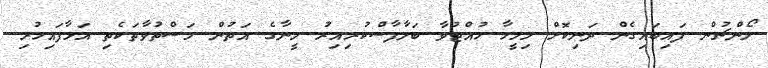
ލޯންޗުން ފައިބައިގެން ދަނިކޮށް މިމީހާ ހުއްޓުވާ ބަލާފާސްކުރިއިރު މީނާގެ އަތުން މަސްތުވާތަކެތި އަޅާފައިހުރި